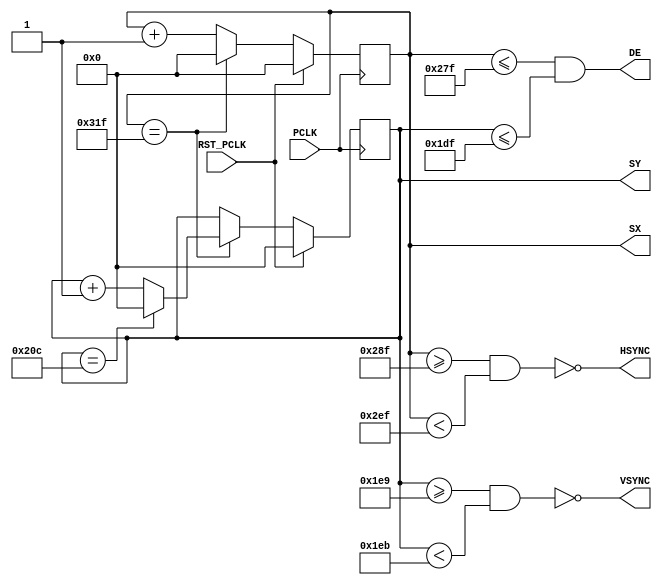
// Project F: FPGA Graphics - Simple 640x480p60 Display
// (C)2023 Will Green, open source hardware released under the MIT License
// Learn more at https://projectf.io/posts/fpga-graphics/
//
// Modified by J.Bilander for Tang Nano9K 2023-09-30

`timescale 1ns / 1ps

module simple_480p(
    input PCLK,             // pixel clock
    input RST_PCLK,         // reset in pixel clock domain
    output reg [9:0] SX,    // horizontal screen position
    output reg [9:0] SY,    // vertical screen position
    output HSYNC,           // horizontal sync
    output VSYNC,           // vertical sync
    output DE               // data enable (low in blanking interval)
);


// horizontal timings
parameter HA_END = 639;           // end of active pixels
parameter HS_STA = HA_END + 16;   // sync starts after front porch
parameter HS_END = HS_STA + 96;   // sync ends
parameter LINE   = 799;           // last pixel on line (after back porch)

// vertical timings
parameter VA_END = 479;           // end of active pixels
parameter VS_STA = VA_END + 10;   // sync starts after front porch
parameter VS_END = VS_STA + 2;    // sync ends
parameter SCREEN = 524;           // last line on screen (after back porch)

// Negative polarity means that the active edge is a high-to-low transition.
assign HSYNC = ~(SX >= HS_STA && SX < HS_END);  // invert: negative polarity
assign VSYNC = ~(SY >= VS_STA && SY < VS_END);  // invert: negative polarity
assign DE = (SX <= HA_END && SY <= VA_END);

always @ (posedge PCLK) begin

    if (SX == LINE) begin   // last pixel on line?
        SX <= 'b0;
        SY <= (SY == SCREEN) ? 'b0 : SY + 1;  // last line on screen?
    end else begin
        SX <= SX + 1;
    end

    if (RST_PCLK) begin
        SX <= 'b0;
        SY <= 'b0;
    end

end

endmodule